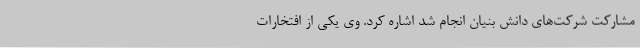
مشارکت شرکت‌های دانش بنیان انجام شد اشاره کرد. وی یکی از افتخارات